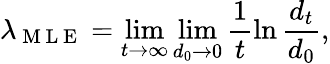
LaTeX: \lambda_{\mathrm{~M~L~E~}}=\operatorname*{lim}_{t\to\infty}\operatorname*{lim}_{{d_{0}\to 0}}\frac{1}{t}\ln\frac{d_{t}}{d_{0}},